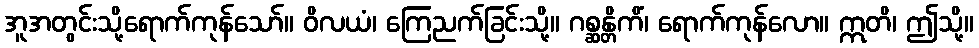
အူအတွင်းသို့ရောက်ကုန်သော်။ ဝိလယံ၊ ကြေညက်ခြင်းသို့။ ဂစ္ဆန္တိကိံ၊ ရောက်ကုန်လော။ ဣတိ၊ ဤသို့။